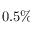
0 . 5 \%